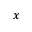
x